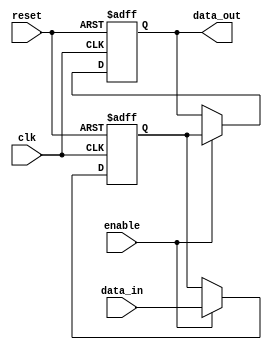
module latch_delay (
  input wire clk,           // clock signal
  input wire reset,         // reset signal
  input wire enable,        // enable signal
  input wire data_in,       // input data
  output reg data_out       // delayed output data
);

  reg latch;

  always @(posedge clk or posedge reset) begin
    if (reset) begin
      latch <= 1'b0;
      data_out <= 1'b0;
    end else if (enable) begin
      latch <= data_in;
      data_out <= latch;
    end
  end

endmodule